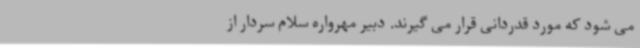
می شود که مورد قدردانی قرار می گیرند. دبیر مهرواره سلام سردار از